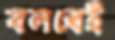
বলবেই